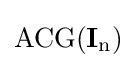
\operatorname {ACG(\mathbf {I} _{n})}